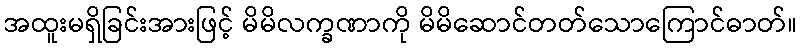
အထူးမရှိခြင်းအားဖြင့် မိမိလက္ခဏာကို မိမိဆောင်တတ်သောကြောင်ဓာတ်။